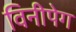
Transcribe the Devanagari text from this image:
विनीपेग